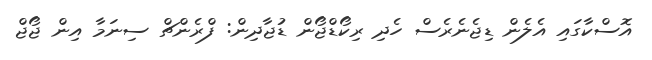
އޮސްކާގައި އެލެން ޑިޖެނެރެސް ހެދި ރިކޯޑްޖޯން ޑުޖާދިން: ފްރެންޗް ސިނަމާ އިން ޖޯޖް